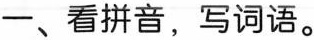
一、看拼音，写词语。